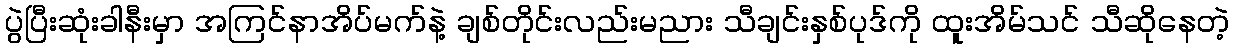
ပွဲပြီးဆုံးခါနီးမှာ အကြင်နာအိပ်မက်နဲ့ ချစ်တိုင်းလည်းမညား သီချင်းနှစ်ပုဒ်ကို ထူးအိမ်သင် သီဆိုနေတဲ့